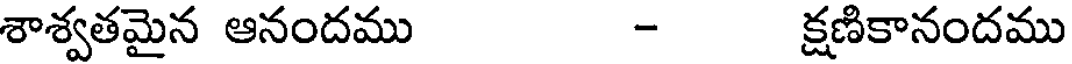
శాశ్వతమైన ఆనందము - క్షణికానందము